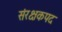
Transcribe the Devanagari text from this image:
संरक्षकपद